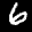
Label: 6